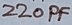
Text: 220PF